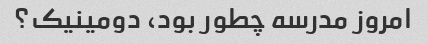
امروز مدرسه چطور بود، دومینیک؟